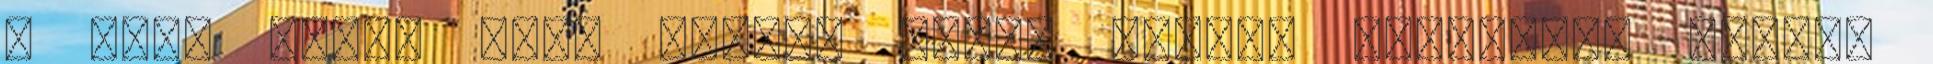
A most nehéz kort megérő Komló padján lehajtott fejjel